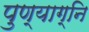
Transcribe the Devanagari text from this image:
पुण्याग्नि